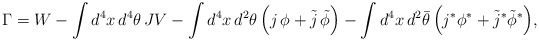
\begin{align*}\Gamma = W - \int d^4x\,d^4\theta\,J V- \int d^4x\,d^2\theta\, \Big(j\,\phi + \tilde j\,\tilde\phi \Big)- \int d^4x\,d^2\bar\theta\,\Big(j^*\phi^* + \tilde j^* \tilde\phi^* \Big),\end{align*}